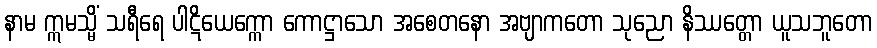
နာမ ဣမသ္မိံ သရီရေ ပါဋိယေက္ကော ကောဋ္ဌာသော အစေတနော အဗျာကတော သုညော နိဿတ္တော ယူသဘူတော